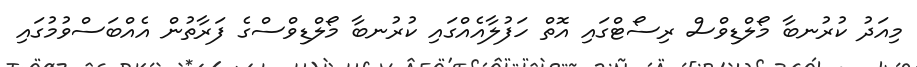
މިއަދު ކުރުނބާ މޯލްޑިވްސް ރިސޯޓްގައި އޮތް ހަފުލާއެއްގައި ކުރުނބާ މޯލްޑިވްސްގެ ފަރާތުން އެއްބަސްވުމުގައި